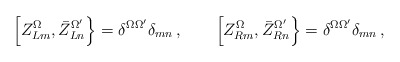
\begin{align*}\left[ Z^\Omega_{Lm} , \bar Z^{\Omega'}_{Ln}\right\}=\delta^{\Omega\Omega'}\delta_{mn} \, , \qquad \left[Z^\Omega_{Rm} , \bar Z^{\Omega'}_{Rn}\right\}=\delta^{\Omega\Omega'}\delta_{mn} \, ,\end{align*}